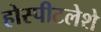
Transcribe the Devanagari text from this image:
होस्पीटलेशे